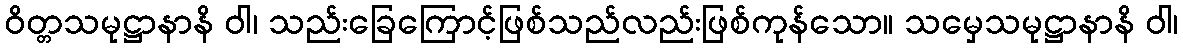
ဝိတ္တသမုဋ္ဌာနာနိ ဝါ၊ သည်းခြေကြောင့်ဖြစ်သည်လည်းဖြစ်ကုန်သော။ သမှေသမုဋ္ဌာနာနိ ဝါ၊